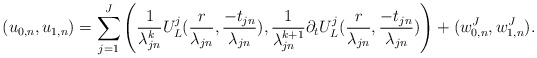
\begin{align*}(u_{0,n},u_{1,n})=\sum_{j=1}^J\left(\frac{1}{\lambda^k_{jn}}U^j_L(\frac{r}{\lambda_{jn}},\frac{-t_{jn}}{\lambda_{jn}}),\frac{1}{\lambda_{jn}^{k+1}}\partial_tU^j_L(\frac{r}{\lambda_{jn}},\frac{-t_{jn}}{\lambda_{jn}})\right)+(w^J_{0,n},w^J_{1,n}).\end{align*}